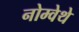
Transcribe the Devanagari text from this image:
नोम्वेथे